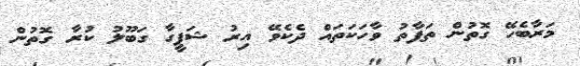
މަރާބެހޭ ގޮތުން ތަފާތު ވާހަކަތައް ދެކެވޭ އިރު ޝަފީގާ ގަބޫލު ކުރާ ގޮތުން